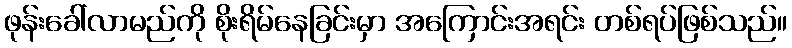
ဖုန်းခေါ်လာမည်ကို စိုးရိမ်နေခြင်းမှာ အကြောင်းအရင်း တစ်ရပ်ဖြစ်သည်။